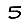
Digit: 5